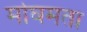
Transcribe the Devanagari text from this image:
मोघमता